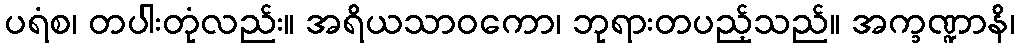
ပရံစ၊ တပါးတုံလည်း။ အရိယသာဝကော၊ ဘုရားတပည့်သည်။ အက္ခဏ္ဍာနိ၊